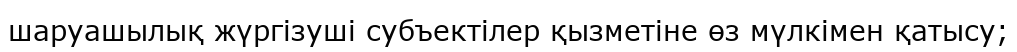
шаруашылық жүргізуші субъектілер қызметіне өз мүлкімен қатысу;